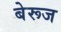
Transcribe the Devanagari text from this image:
बेरूज